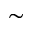
\sim